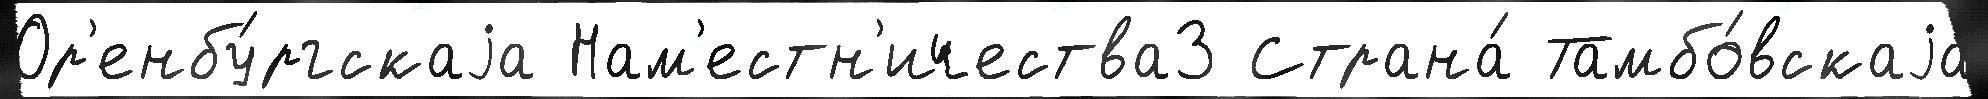
Ор'енбу́ргскаjа Нам'естн'ичества3 Страна́ Тамбо́вскаjа